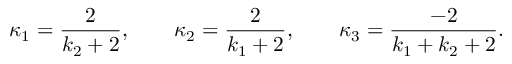
\kappa _ { 1 } = \frac { 2 } { k _ { 2 } + 2 } , \qquad \kappa _ { 2 } = \frac { 2 } { k _ { 1 } + 2 } , \qquad \kappa _ { 3 } = \frac { - 2 } { k _ { 1 } + k _ { 2 } + 2 } .